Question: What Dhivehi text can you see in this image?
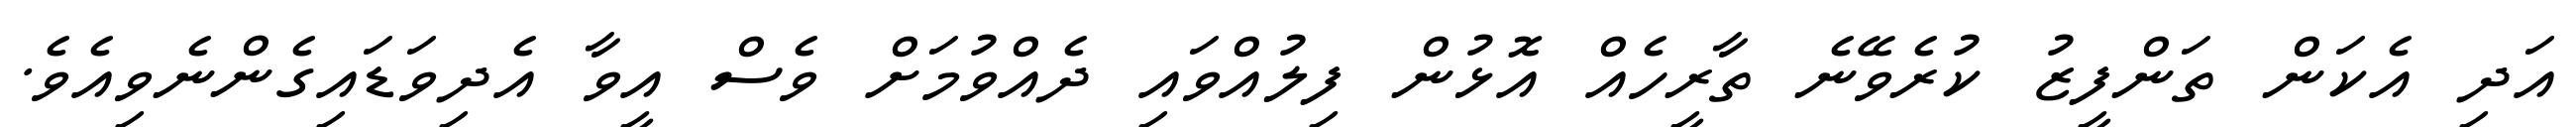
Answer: އަދި އެކަން ތަންފީޒު ކުރެވޭނެ ތާރީހެއް އޮޅުން ފިލުއްވައި ދެއްވުމަށް ވެސް އީވާ އެދިވަޑައިގެންނެވިއެވެ.